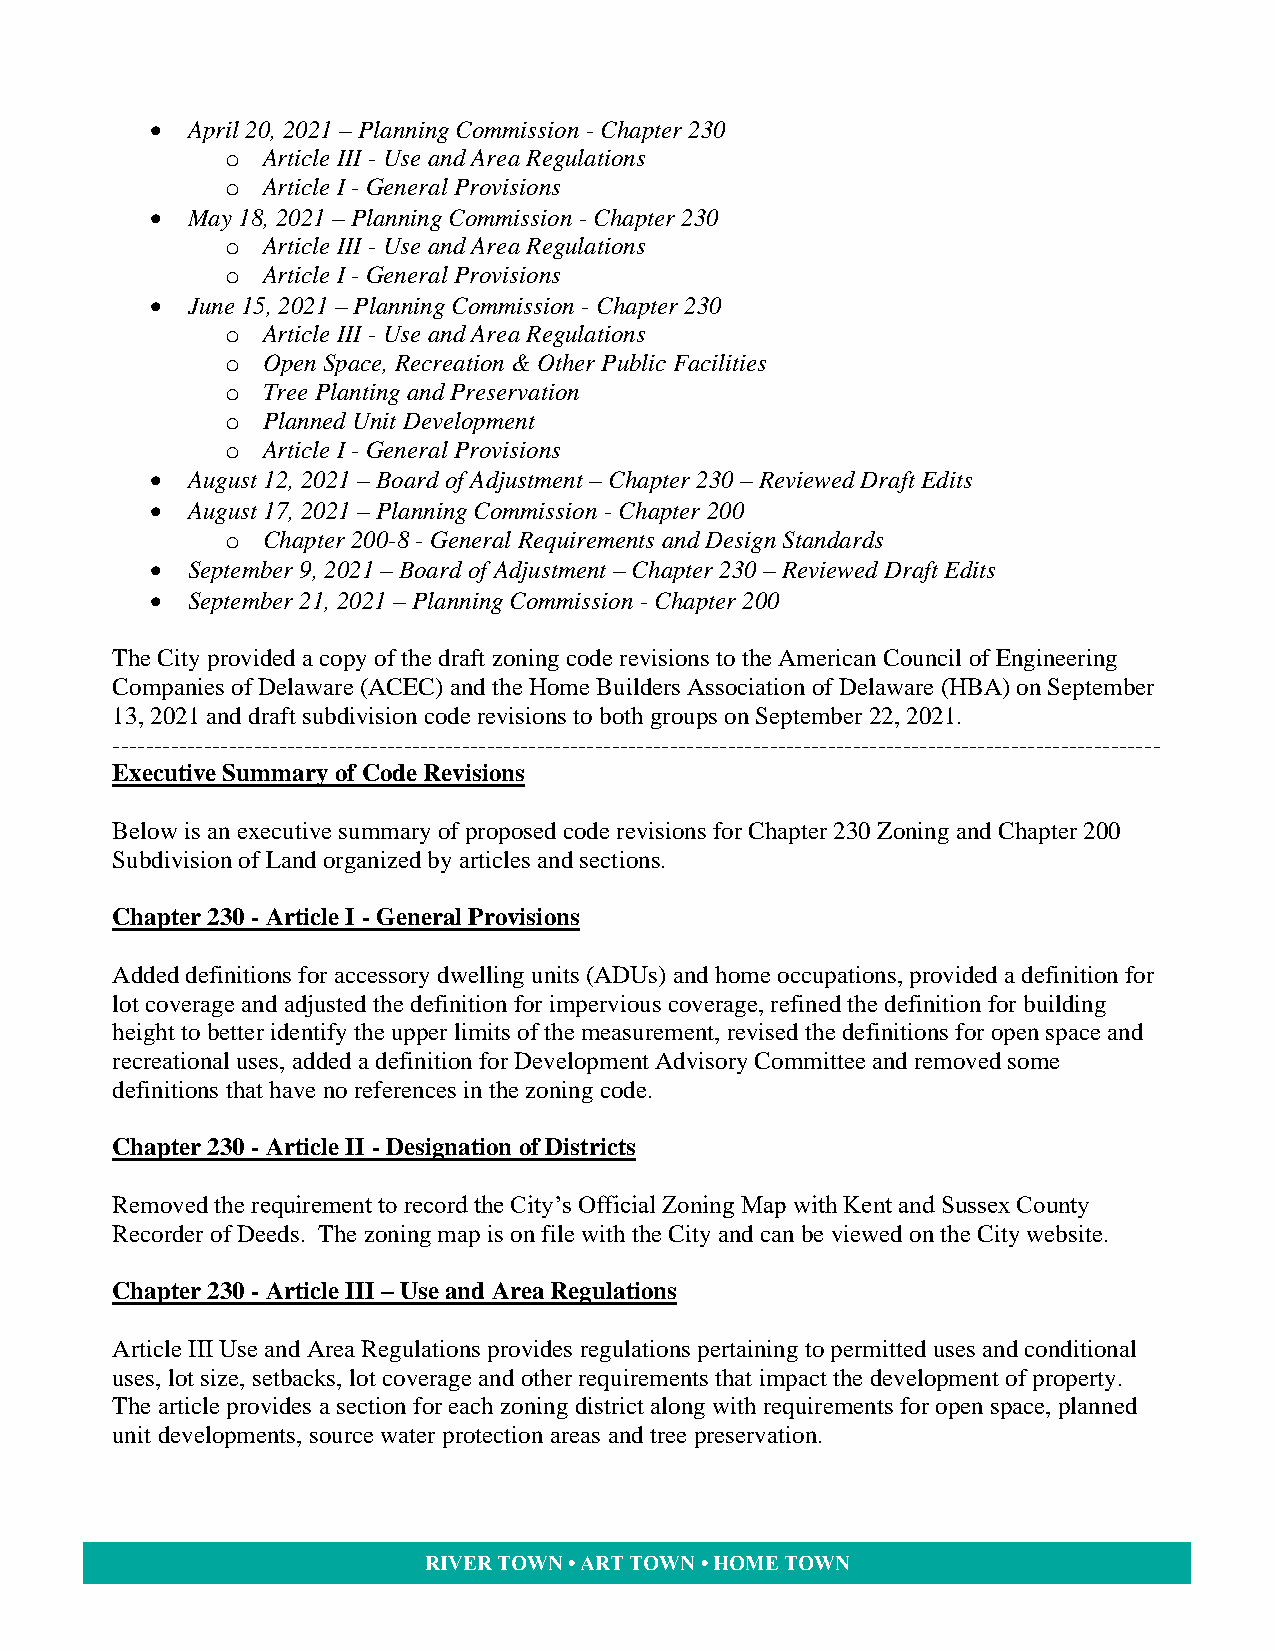
• April 20, 2021 – Planning Commission - Chapter 230
 o Article III - Use and Area Regulations
 o Article I - General Provisions
 • May 18, 2021 – Planning Commission - Chapter 230
 o Article III - Use and Area Regulations
 o Article I - General Provisions
 • June 15, 2021 – Planning Commission - Chapter 230
 o Article III - Use and Area Regulations
 o Open Space, Recreation & Other Public Facilities
 o Tree Planting and Preservation
 o Planned Unit Development
 o Article I - General Provisions
 • August 12, 2021 – Board of Adjustment – Chapter 230 – Reviewed Draft Edits
 • August 17, 2021 – Planning Commission - Chapter 200
 o Chapter 200-8 - General Requirements and Design Standards
 • September 9, 2021 – Board of Adjustment – Chapter 230 – Reviewed Draft Edits
 • September 21, 2021 – Planning Commission - Chapter 200
 The City provided a copy of the draft zoning code revisions to the American Council of Engineering
 Companies of Delaware (ACEC) and the Home Builders Association of Delaware (HBA) on September
 13, 2021 and draft subdivision code revisions to both groups on September 22, 2021.
 ------------------------------------------------------------------------------------------------------------------------------
 Executive Summary of Code Revisions
 Below is an executive summary of proposed code revisions for Chapter 230 Zoning and Chapter 200
 Subdivision of Land organized by articles and sections.
 Chapter 230 - Article I - General Provisions
 Added definitions for accessory dwelling units (ADUs) and home occupations, provided a definition for
 lot coverage and adjusted the definition for impervious coverage, refined the definition for building
 height to better identify the upper limits of the measurement, revised the definitions for open space and
 recreational uses, added a definition for Development Advisory Committee and removed some
 definitions that have no references in the zoning code.
 Chapter 230 - Article II - Designation of Districts
 Removed the requirement to record the City’s Official Zoning Map with Kent and Sussex County
 Recorder of Deeds. The zoning map is on file with the City and can be viewed on the City website.
 Chapter 230 - Article III – Use and Area Regulations
 Article III Use and Area Regulations provides regulations pertaining to permitted uses and conditional
 uses, lot size, setbacks, lot coverage and other requirements that impact the development of property.
 The article provides a section for each zoning district along with requirements for open space, planned
 unit developments, source water protection areas and tree preservation.
 RIVER TOWN • ART T OWN • HOME TOWN